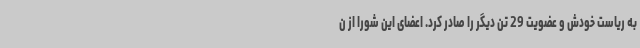
به ریاست خودش و عضویت 29 تن دیگر را صادر کرد. اعضای این شورا از ن